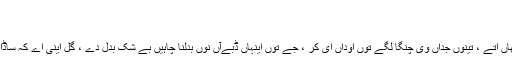
[15]
کیسری ویرلکھو
کیسری ویر تیریاں صلاحاں سر اکھاں اتے ، تینوں جداں وی چنگا لگے توں اوداں ای کر ، جے توں اینہاں ڈبےآں نوں بدلنا چاہیں بے شک بدل دے ، گل اینی اے کہ ساڈاپنجابی وکی سوہنا لگنا چاہی دا اے ۔